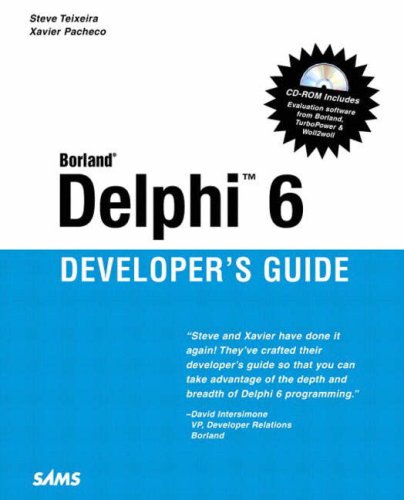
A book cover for Delphi 6 Developer's Guide (Sams Developer's Guides); Xavier Pacheco; Computers & Technology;